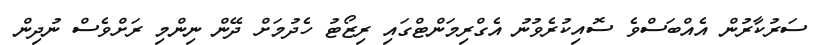
ސަރުކާރުން އެއްބަސްވެ ސޮއިކުރެވުނު އެގްރިމަންޓްގައި ރިޒޯޓު ހެދުމަށް ދޭން ނިންމި ރަށްވެސް ނުދިން